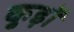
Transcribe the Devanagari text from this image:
कुड़ों